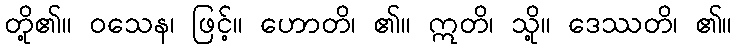
တို့၏။ ဝသေန၊ ဖြင့်။ ဟောတိ၊ ၏။ ဣတိ၊ သို့။ ဒေဿတိ၊ ၏။